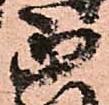
正